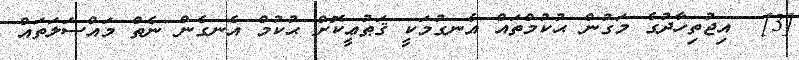
[3]  އިޖުތިހާދުގެ މަގުން ޙުކުމްތައް އެނގުމަކީ ޤަޠުޢީކޮށް ޙުކުމް އެނގެން ނެތް މައްސަލަތައް